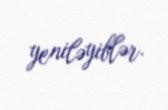
yeniləyiblər.